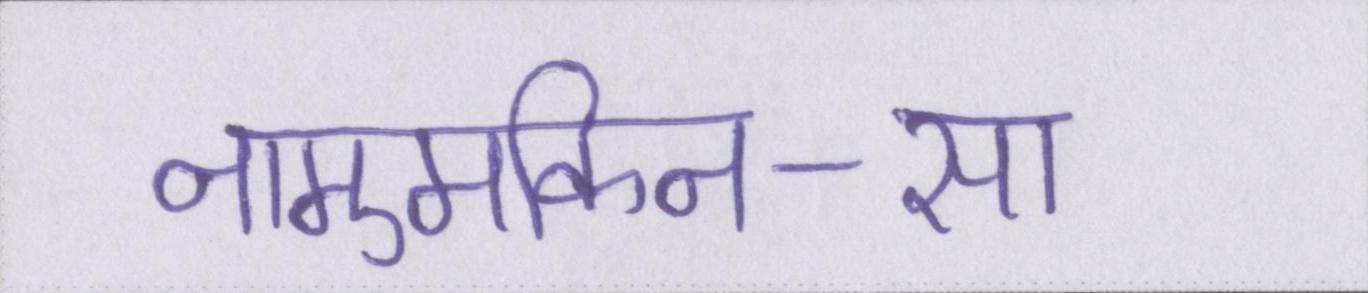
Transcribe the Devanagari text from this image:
नामुमकिन-सा